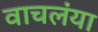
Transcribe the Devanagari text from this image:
वाचलंया